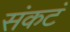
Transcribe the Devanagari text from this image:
संकटं